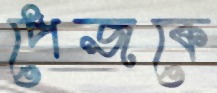
পেজকে